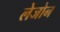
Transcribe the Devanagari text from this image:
लेजोन